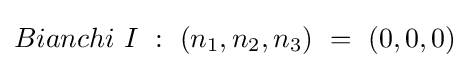
Bianchi\ I\ :\ (n_{1},n_{2},n_{3})\ =\ (0,0,0)